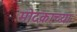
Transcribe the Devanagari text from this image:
मोदकाच्या